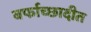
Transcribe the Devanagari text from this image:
बर्फाच्छादीत